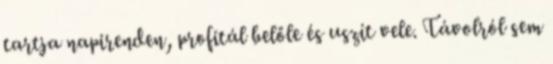
tartja napirenden, profitál belőle és uszít vele. Távolról sem